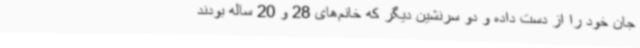
جان خود را از دست داده و دو سرنشین دیگر که خانم‌های 28 و 20 ساله بودند